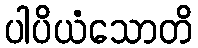
ပါပိယံသောတိ